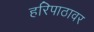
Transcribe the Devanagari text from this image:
हरिपाठावर